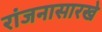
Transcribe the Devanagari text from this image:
रांजनासारखे